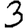
Digit: 3